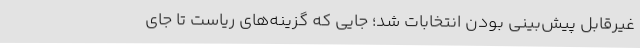
غیرقابل پیش‌بینی بودن انتخابات شد؛ جایی که گزینه‌های ریاست تا جای